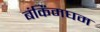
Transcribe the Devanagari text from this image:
बंकिंमघम